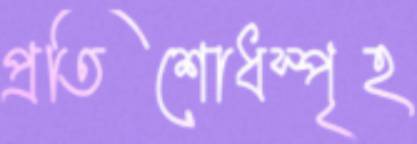
প্রতিশোধস্পৃহ